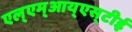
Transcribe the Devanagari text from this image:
एल्‌एम्‌आय्‌एस्‌टीई